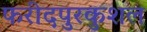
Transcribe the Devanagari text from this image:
फरीदपुरकुशल